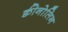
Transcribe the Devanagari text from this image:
क्वीनोलिन